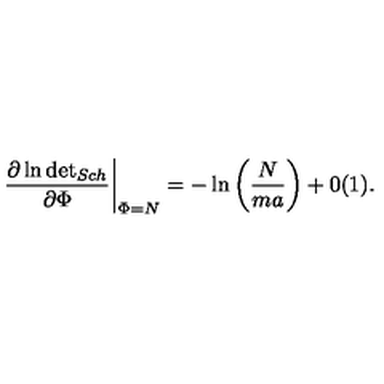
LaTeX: \left. \frac { \partial \ln \mathrm { d e t } _ { { S c h } } } { \partial \Phi } \right| _ { \Phi = N } = - \ln \left( \displaystyle \frac { N } { m a } \right) + 0 ( 1 ) .